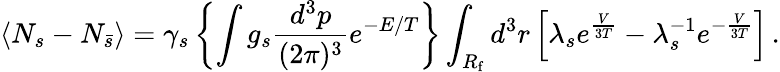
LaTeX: \langle N_{s}-N_{\bar{s}}\rangle=\gamma_{s}\left\{ \int g_{s}\frac{d^{3}p}{(2\pi)^{3}}e^{-E/T}\right\} \int_{R_{\mathrm{f}}}d^{3}r\left[\lambda_{s}e^{\frac V{3T}}-\lambda_{s}^{-1}e^{-\frac V{3T}}\right]\, .